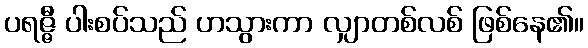
ပရဇ္ဇီ ပါးစပ်သည် ဟသွားကာ လျှာတစ်လစ် ဖြစ်နေ၏။